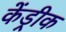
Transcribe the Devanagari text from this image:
केंड्रीक